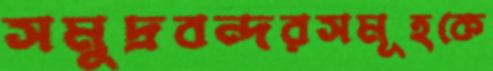
সমুদ্রবন্দরসমূহকে